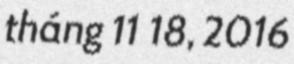
tháng 11 18, 2016